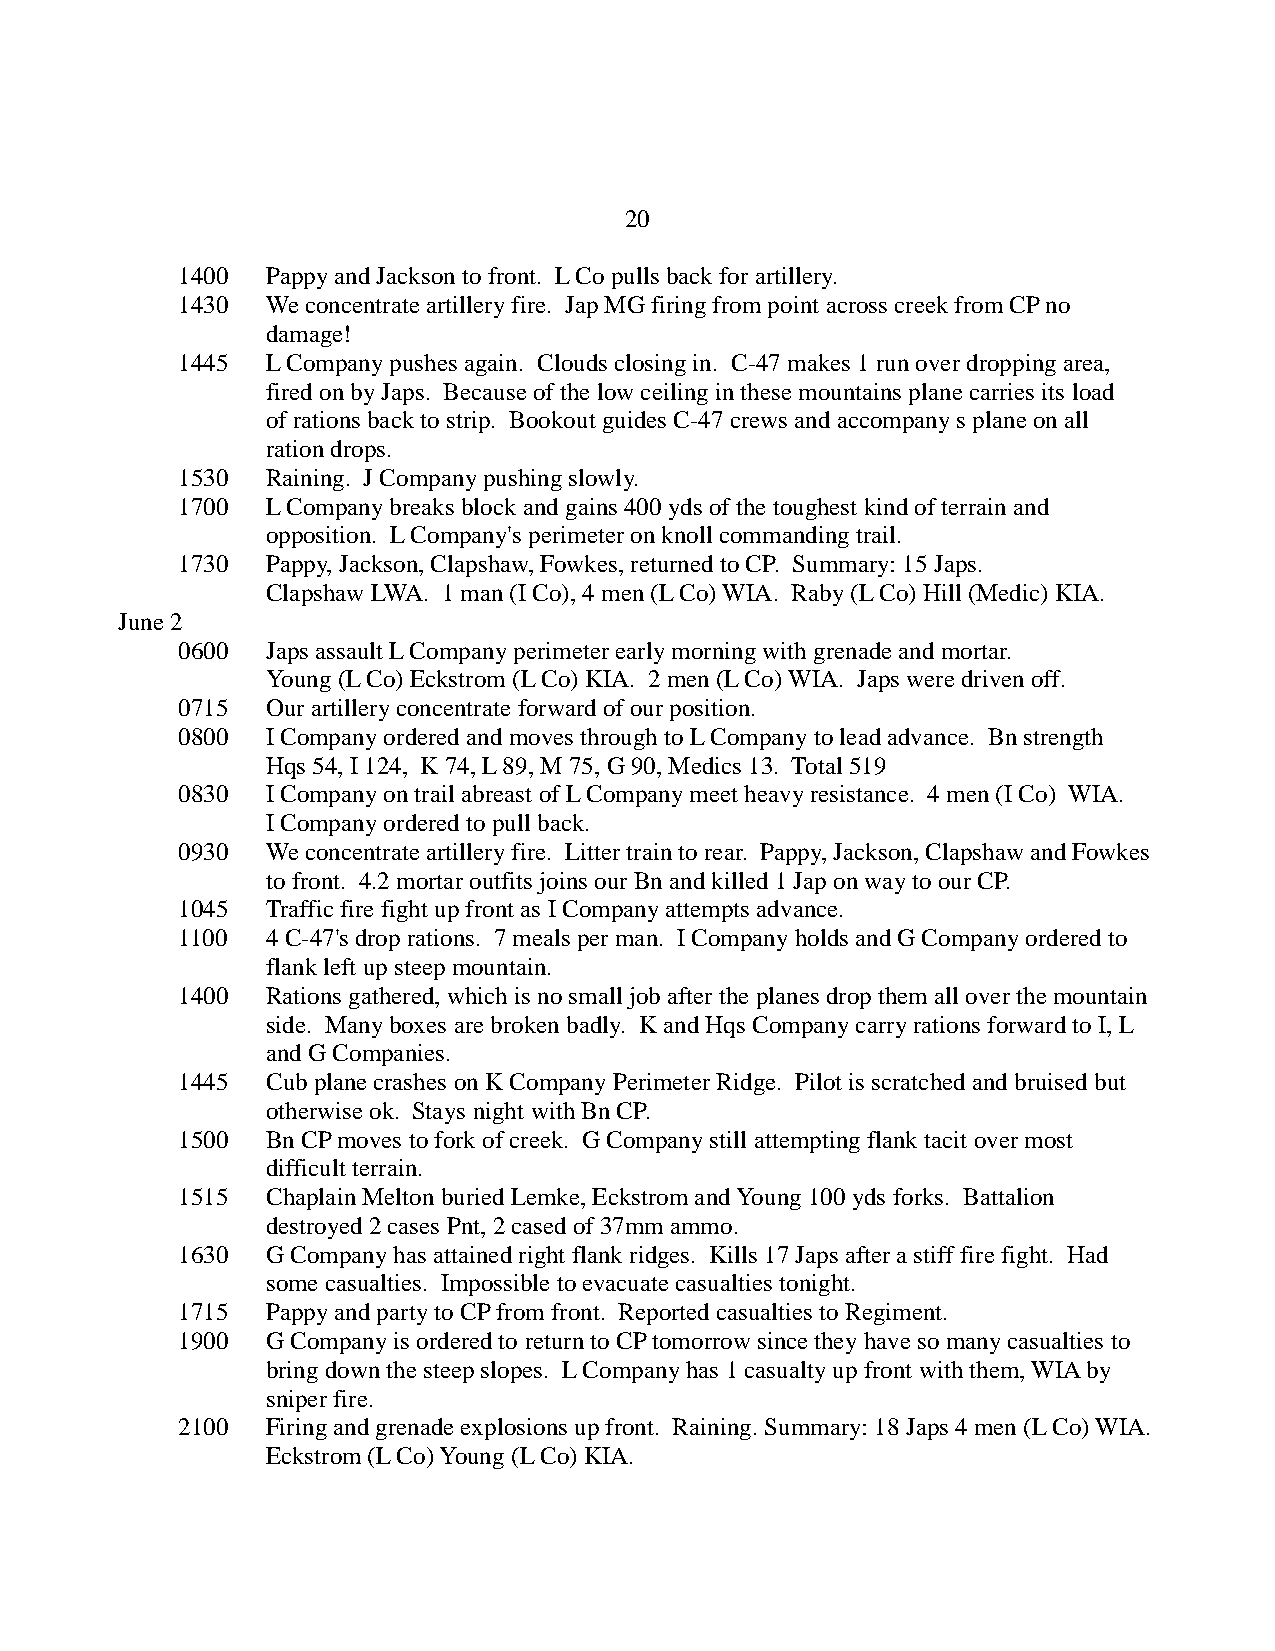
20
 1400  Pappy and Jackson to front. L Co pulls back for artillery.
 1430  We concentrate artillery fire. Jap MG firing from point across creek from CP no
 damage!
 1445  L Company pushes again. Clouds closing in. C-47 makes 1 run over dropping area,
 fired on by Japs. Because of the low ceiling in these mountains plane carries its load
 of rations back to strip. Bookout guides C-47 crews and accompany s plane on all
 ration drops.
 1530  Raining. J Company pushing slowly.
 1700  L Company breaks block and gains 400 yds of the toughest kind of terrain and
 opposition. L Company's perimeter on knoll commanding trail.
 1730  Pappy, Jackson, Clapshaw, Fowkes, returned to CP. Summary: 15 Japs.
 Clapshaw LWA. 1 man (I Co), 4 men (L Co) WIA. Raby (L Co) Hill (Medic) KIA.
 June 2
 0600  Japs assault L Company perimeter early morning with grenade and mortar.
 Young (L Co) Eckstrom (L Co) KIA. 2 men (L Co) WIA. Japs were driven off.
 0715  Our artillery concentrate forward of our position.
 0800  I Company ordered and moves through to L Company to lead advance. Bn strength
 Hqs 54, I 124, K 74, L 89, M 75, G 90, Medics 13. Total 519
 0830  I Company on trail abreast of L Company meet heavy resistance. 4 men (I Co) WIA.
 I Company ordered to pull back.
 0930  We concentrate artillery fire. Litter train to rear. Pappy, Jackson, Clapshaw and Fowkes
 to front. 4.2 mortar outfits joins our Bn and killed 1 Jap on way to our CP.
 1045  Traffic fire fight up front as I Company attempts advance.
 1100  4 C-47's drop rations. 7 meals per man. I Company holds and G Company ordered to
 flank left up steep mountain.
 1400  Rations gathered, which is no small job after the planes drop them all over the mountain
 side. Many boxes are broken badly. K and Hqs Company carry rations forward to I, L
 and G Companies.
 1445  Cub plane crashes on K Company Perimeter Ridge. Pilot is scratched and bruised but
 otherwise ok. Stays night with Bn CP.
 1500  Bn CP moves to fork of creek. G Company still attempting flank tacit over most
 difficult terrain.
 1515  Chaplain Melton buried Lemke, Eckstrom and Young 100 yds forks. Battalion
 destroyed 2 cases Pnt, 2 cased of 37mm ammo.
 1630  G Company has attained right flank ridges. Kills 17 Japs after a stiff fire fight. Had
 some casualties. Impossible to evacuate casualties tonight.
 1715  Pappy and party to CP from front. Reported casualties to Regiment.
 1900  G Company is ordered to return to CP tomorrow since they have so many casualties to
 bring down the steep slopes. L Company has 1 casualty up front with them, WIA by
 sniper fire.
 2100  Firing and grenade explosions up front. Raining. Summary: 18 Japs 4 men (L Co) WIA.
 Eckstrom (L Co) Young (L Co) KIA.